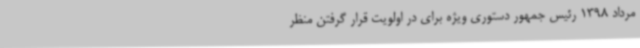
مرداد 1398 رئیس جمهور دستوری ویژه برای در اولویت قرار گرفتن منظر